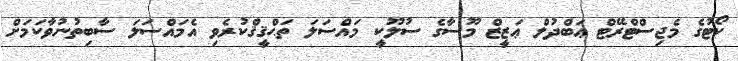
ކޯޓުގެ މެޖިސްޓްރޭޓް ޢަބްދުލް ޢަޒީޒް މޫސާގެ ސުލޫކީ މައްސަލަ ތަޙްޤީޤްކުރެވި އެމައްސަލަ ސާބިތުނުވާކަމަށް